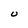
Character: U